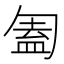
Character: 㔩